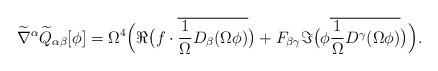
LaTeX: \begin{align*}\widetilde{\nabla}^{\alpha}\widetilde{Q}_{\alpha\beta}[\phi]=\Omega^{4}\Big(\Re\big(f\cdot\overline{\frac{1}{\Omega}D_{\beta}(\Omega\phi)}\big)+F_{\beta\gamma}\Im\big(\phi\overline{\frac{1}{\Omega}D^{\gamma}(\Omega\phi)}\big)\Big).\end{align*}